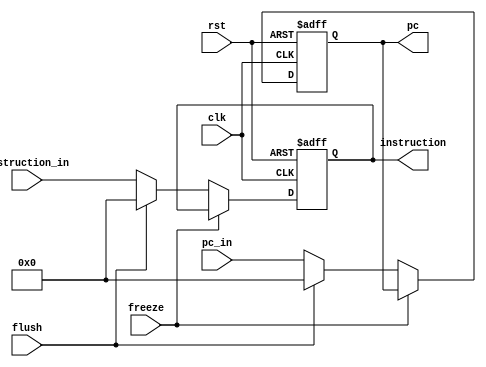
module IF_Stage_Register(clk, rst, freeze, flush,pc_in, instruction_in,pc, instruction);
  input clk, rst, freeze, flush;
  input [31:0] pc_in, instruction_in;
  output reg [31:0] pc, instruction;

  always@(posedge clk,  posedge rst) begin
    if (rst) begin 
      instruction <= 32'd0;
      pc <= 32'd0;
    end
    else if (~freeze) begin
      if (flush) begin
        pc <= 32'd0;
        instruction <= 32'd0;
      end
      else begin
        pc <= pc_in;
        instruction <= instruction_in;
      end
    end
  end
endmodule